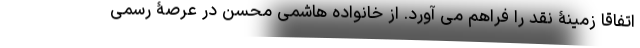
اتفاقا زمینۀ نقد را فراهم می آورد. از خانواده هاشمی محسن در عرصۀ رسمی